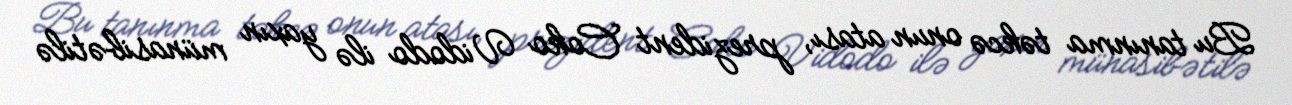
Bu tanınma təkcə onun atası, prezident Coko Vidodo ilə yaxın münasibətilə